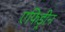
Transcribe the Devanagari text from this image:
एफिड्रीन